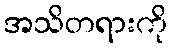
အသိတရားကို